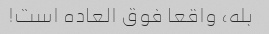
بله، واقعا فوق العاده است!